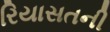
રિયાસતની